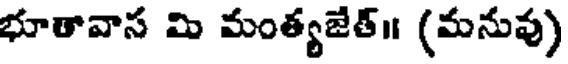
భూతావాస మి మంత్యజేత్॥ (మనువు)